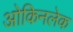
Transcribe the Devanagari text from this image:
ओकिनलेक